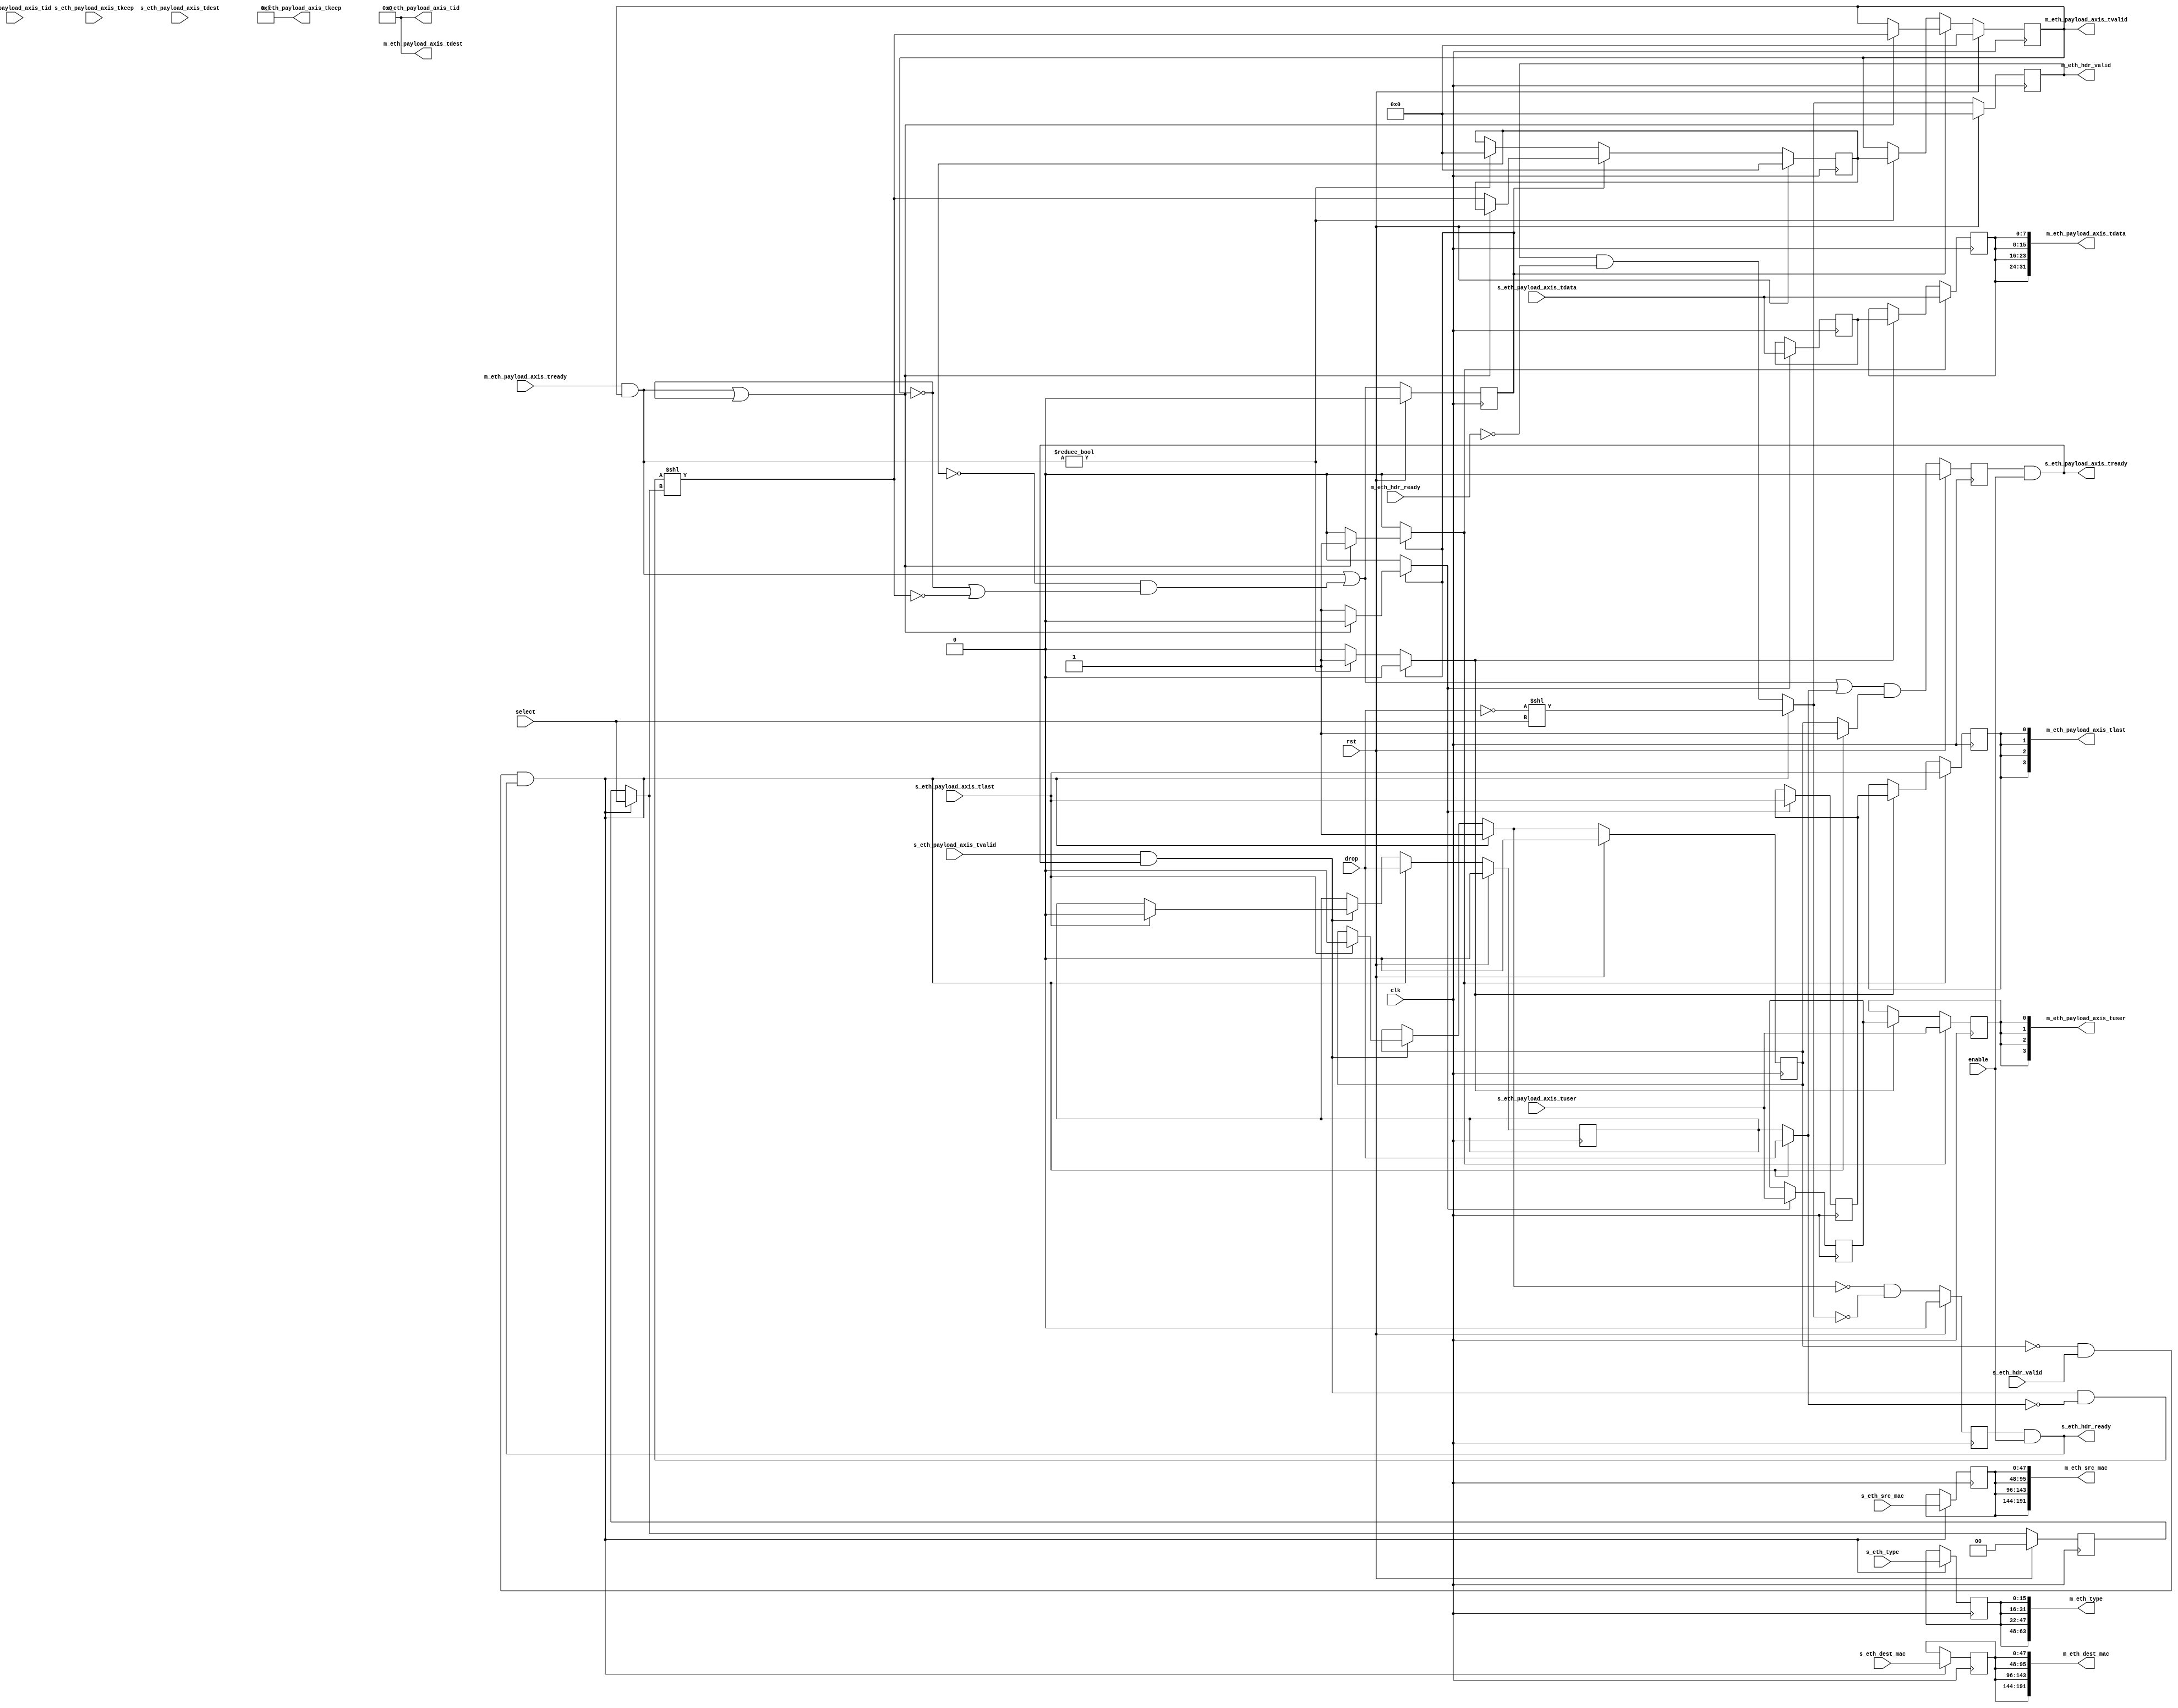
module eth_demux #
(
    parameter M_COUNT = 4,
    parameter DATA_WIDTH = 8,
    parameter KEEP_ENABLE = (DATA_WIDTH>8),
    parameter KEEP_WIDTH = (DATA_WIDTH/8),
    parameter ID_ENABLE = 0,
    parameter ID_WIDTH = 8,
    parameter DEST_ENABLE = 0,
    parameter DEST_WIDTH = 8,
    parameter USER_ENABLE = 1,
    parameter USER_WIDTH = 1
)
(
    input  wire                          clk,
    input  wire                          rst,
    /*
     */
    input  wire                          s_eth_hdr_valid,
    output wire                          s_eth_hdr_ready,
    input  wire [47:0]                   s_eth_dest_mac,
    input  wire [47:0]                   s_eth_src_mac,
    input  wire [15:0]                   s_eth_type,
    input  wire [DATA_WIDTH-1:0]         s_eth_payload_axis_tdata,
    input  wire [KEEP_WIDTH-1:0]         s_eth_payload_axis_tkeep,
    input  wire                          s_eth_payload_axis_tvalid,
    output wire                          s_eth_payload_axis_tready,
    input  wire                          s_eth_payload_axis_tlast,
    input  wire [ID_WIDTH-1:0]           s_eth_payload_axis_tid,
    input  wire [DEST_WIDTH-1:0]         s_eth_payload_axis_tdest,
    input  wire [USER_WIDTH-1:0]         s_eth_payload_axis_tuser,
    /*
     */
    output wire [M_COUNT-1:0]            m_eth_hdr_valid,
    input  wire [M_COUNT-1:0]            m_eth_hdr_ready,
    output wire [M_COUNT*48-1:0]         m_eth_dest_mac,
    output wire [M_COUNT*48-1:0]         m_eth_src_mac,
    output wire [M_COUNT*16-1:0]         m_eth_type,
    output wire [M_COUNT*DATA_WIDTH-1:0] m_eth_payload_axis_tdata,
    output wire [M_COUNT*KEEP_WIDTH-1:0] m_eth_payload_axis_tkeep,
    output wire [M_COUNT-1:0]            m_eth_payload_axis_tvalid,
    input  wire [M_COUNT-1:0]            m_eth_payload_axis_tready,
    output wire [M_COUNT-1:0]            m_eth_payload_axis_tlast,
    output wire [M_COUNT*ID_WIDTH-1:0]   m_eth_payload_axis_tid,
    output wire [M_COUNT*DEST_WIDTH-1:0] m_eth_payload_axis_tdest,
    output wire [M_COUNT*USER_WIDTH-1:0] m_eth_payload_axis_tuser,
    /*
     */
    input  wire                          enable,
    input  wire                          drop,
    input  wire [$clog2(M_COUNT)-1:0]    select
);
parameter CL_M_COUNT = $clog2(M_COUNT);
reg [CL_M_COUNT-1:0] select_reg = {CL_M_COUNT{1'b0}}, select_ctl, select_next;
reg drop_reg = 1'b0, drop_ctl, drop_next;
reg frame_reg = 1'b0, frame_ctl, frame_next;
reg s_eth_hdr_ready_reg = 1'b0, s_eth_hdr_ready_next;
reg s_eth_payload_axis_tready_reg = 1'b0, s_eth_payload_axis_tready_next;
reg [M_COUNT-1:0] m_eth_hdr_valid_reg = 0, m_eth_hdr_valid_next;
reg [47:0] m_eth_dest_mac_reg = 48'd0, m_eth_dest_mac_next;
reg [47:0] m_eth_src_mac_reg = 48'd0, m_eth_src_mac_next;
reg [15:0] m_eth_type_reg = 16'd0, m_eth_type_next;
// internal datapath
reg  [DATA_WIDTH-1:0] m_eth_payload_axis_tdata_int;
reg  [KEEP_WIDTH-1:0] m_eth_payload_axis_tkeep_int;
reg  [M_COUNT-1:0]    m_eth_payload_axis_tvalid_int;
reg                   m_eth_payload_axis_tready_int_reg = 1'b0;
reg                   m_eth_payload_axis_tlast_int;
reg  [ID_WIDTH-1:0]   m_eth_payload_axis_tid_int;
reg  [DEST_WIDTH-1:0] m_eth_payload_axis_tdest_int;
reg  [USER_WIDTH-1:0] m_eth_payload_axis_tuser_int;
wire                  m_eth_payload_axis_tready_int_early;
assign s_eth_hdr_ready = s_eth_hdr_ready_reg && enable;
assign s_eth_payload_axis_tready = s_eth_payload_axis_tready_reg && enable;
assign m_eth_hdr_valid = m_eth_hdr_valid_reg;
assign m_eth_dest_mac = {M_COUNT{m_eth_dest_mac_reg}};
assign m_eth_src_mac = {M_COUNT{m_eth_src_mac_reg}};
assign m_eth_type = {M_COUNT{m_eth_type_reg}};
integer i;
always @* begin
    select_next = select_reg;
    select_ctl = select_reg;
    drop_next = drop_reg;
    drop_ctl = drop_reg;
    frame_next = frame_reg;
    frame_ctl = frame_reg;
    s_eth_hdr_ready_next = 1'b0;
    s_eth_payload_axis_tready_next = 1'b0;
    m_eth_hdr_valid_next = m_eth_hdr_valid_reg & ~m_eth_hdr_ready;
    m_eth_dest_mac_next = m_eth_dest_mac_reg;
    m_eth_src_mac_next = m_eth_src_mac_reg;
    m_eth_type_next = m_eth_type_reg;
    if (s_eth_payload_axis_tvalid && s_eth_payload_axis_tready) begin
        // end of frame detection
        if (s_eth_payload_axis_tlast) begin
            frame_next = 1'b0;
            drop_next = 1'b0;
        end
    end
    if (!frame_reg && s_eth_hdr_valid && s_eth_hdr_ready) begin
        // start of frame, grab select value
        select_ctl = select;
        drop_ctl = drop;
        frame_ctl = 1'b1;
        select_next = select_ctl;
        drop_next = drop_ctl;
        frame_next = frame_ctl;
        s_eth_hdr_ready_next = 1'b0;
        m_eth_hdr_valid_next = (!drop_ctl) << select_ctl;
        m_eth_dest_mac_next = s_eth_dest_mac;
        m_eth_src_mac_next = s_eth_src_mac;
        m_eth_type_next = s_eth_type;
    end
    s_eth_hdr_ready_next = !frame_next && !m_eth_hdr_valid_next;
    s_eth_payload_axis_tready_next = (m_eth_payload_axis_tready_int_early || drop_ctl) && frame_ctl;
    m_eth_payload_axis_tdata_int  = s_eth_payload_axis_tdata;
    m_eth_payload_axis_tkeep_int  = s_eth_payload_axis_tkeep;
    m_eth_payload_axis_tvalid_int = (s_eth_payload_axis_tvalid && s_eth_payload_axis_tready && !drop_ctl) << select_ctl;
    m_eth_payload_axis_tlast_int  = s_eth_payload_axis_tlast;
    m_eth_payload_axis_tid_int    = s_eth_payload_axis_tid;
    m_eth_payload_axis_tdest_int  = s_eth_payload_axis_tdest;
    m_eth_payload_axis_tuser_int  = s_eth_payload_axis_tuser;
end
always @(posedge clk) begin
    if (rst) begin
        select_reg <= 2'd0;
        drop_reg <= 1'b0;
        frame_reg <= 1'b0;
        s_eth_hdr_ready_reg <= 1'b0;
        s_eth_payload_axis_tready_reg <= 1'b0;
        m_eth_hdr_valid_reg <= 0;
    end else begin
        select_reg <= select_next;
        drop_reg <= drop_next;
        frame_reg <= frame_next;
        s_eth_hdr_ready_reg <= s_eth_hdr_ready_next;
        s_eth_payload_axis_tready_reg <= s_eth_payload_axis_tready_next;
        m_eth_hdr_valid_reg <= m_eth_hdr_valid_next;
    end
    m_eth_dest_mac_reg <= m_eth_dest_mac_next;
    m_eth_src_mac_reg <= m_eth_src_mac_next;
    m_eth_type_reg <= m_eth_type_next;
end
// output datapath logic
reg [DATA_WIDTH-1:0] m_eth_payload_axis_tdata_reg  = {DATA_WIDTH{1'b0}};
reg [KEEP_WIDTH-1:0] m_eth_payload_axis_tkeep_reg  = {KEEP_WIDTH{1'b0}};
reg [M_COUNT-1:0]    m_eth_payload_axis_tvalid_reg = {M_COUNT{1'b0}}, m_eth_payload_axis_tvalid_next;
reg                  m_eth_payload_axis_tlast_reg  = 1'b0;
reg [ID_WIDTH-1:0]   m_eth_payload_axis_tid_reg    = {ID_WIDTH{1'b0}};
reg [DEST_WIDTH-1:0] m_eth_payload_axis_tdest_reg  = {DEST_WIDTH{1'b0}};
reg [USER_WIDTH-1:0] m_eth_payload_axis_tuser_reg  = {USER_WIDTH{1'b0}};
reg [DATA_WIDTH-1:0] temp_m_eth_payload_axis_tdata_reg  = {DATA_WIDTH{1'b0}};
reg [KEEP_WIDTH-1:0] temp_m_eth_payload_axis_tkeep_reg  = {KEEP_WIDTH{1'b0}};
reg [M_COUNT-1:0]    temp_m_eth_payload_axis_tvalid_reg = {M_COUNT{1'b0}}, temp_m_eth_payload_axis_tvalid_next;
reg                  temp_m_eth_payload_axis_tlast_reg  = 1'b0;
reg [ID_WIDTH-1:0]   temp_m_eth_payload_axis_tid_reg    = {ID_WIDTH{1'b0}};
reg [DEST_WIDTH-1:0] temp_m_eth_payload_axis_tdest_reg  = {DEST_WIDTH{1'b0}};
reg [USER_WIDTH-1:0] temp_m_eth_payload_axis_tuser_reg  = {USER_WIDTH{1'b0}};
// datapath control
reg store_axis_int_to_output;
reg store_axis_int_to_temp;
reg store_eth_payload_axis_temp_to_output;
assign m_eth_payload_axis_tdata  = {M_COUNT{m_eth_payload_axis_tdata_reg}};
assign m_eth_payload_axis_tkeep  = KEEP_ENABLE ? {M_COUNT{m_eth_payload_axis_tkeep_reg}} : {M_COUNT*KEEP_WIDTH{1'b1}};
assign m_eth_payload_axis_tvalid = m_eth_payload_axis_tvalid_reg;
assign m_eth_payload_axis_tlast  = {M_COUNT{m_eth_payload_axis_tlast_reg}};
assign m_eth_payload_axis_tid    = ID_ENABLE   ? {M_COUNT{m_eth_payload_axis_tid_reg}}   : {M_COUNT*ID_WIDTH{1'b0}};
assign m_eth_payload_axis_tdest  = DEST_ENABLE ? {M_COUNT{m_eth_payload_axis_tdest_reg}} : {M_COUNT*DEST_WIDTH{1'b0}};
assign m_eth_payload_axis_tuser  = USER_ENABLE ? {M_COUNT{m_eth_payload_axis_tuser_reg}} : {M_COUNT*USER_WIDTH{1'b0}};
// enable ready input next cycle if output is ready or the temp reg will not be filled on the next cycle (output reg empty or no input)
assign m_eth_payload_axis_tready_int_early = (m_eth_payload_axis_tready & m_eth_payload_axis_tvalid) || (!temp_m_eth_payload_axis_tvalid_reg && (!m_eth_payload_axis_tvalid || !m_eth_payload_axis_tvalid_int));
always @* begin
    // transfer sink ready state to source
    m_eth_payload_axis_tvalid_next = m_eth_payload_axis_tvalid_reg;
    temp_m_eth_payload_axis_tvalid_next = temp_m_eth_payload_axis_tvalid_reg;
    store_axis_int_to_output = 1'b0;
    store_axis_int_to_temp = 1'b0;
    store_eth_payload_axis_temp_to_output = 1'b0;
    if (m_eth_payload_axis_tready_int_reg) begin
        // input is ready
        if ((m_eth_payload_axis_tready & m_eth_payload_axis_tvalid) || !m_eth_payload_axis_tvalid) begin
            // output is ready or currently not valid, transfer data to output
            m_eth_payload_axis_tvalid_next = m_eth_payload_axis_tvalid_int;
            store_axis_int_to_output = 1'b1;
        end else begin
            // output is not ready, store input in temp
            temp_m_eth_payload_axis_tvalid_next = m_eth_payload_axis_tvalid_int;
            store_axis_int_to_temp = 1'b1;
        end
    end else if (m_eth_payload_axis_tready & m_eth_payload_axis_tvalid) begin
        // input is not ready, but output is ready
        m_eth_payload_axis_tvalid_next = temp_m_eth_payload_axis_tvalid_reg;
        temp_m_eth_payload_axis_tvalid_next = 1'b0;
        store_eth_payload_axis_temp_to_output = 1'b1;
    end
end
always @(posedge clk) begin
    if (rst) begin
        m_eth_payload_axis_tvalid_reg <= {M_COUNT{1'b0}};
        m_eth_payload_axis_tready_int_reg <= 1'b0;
        temp_m_eth_payload_axis_tvalid_reg <= 1'b0;
    end else begin
        m_eth_payload_axis_tvalid_reg <= m_eth_payload_axis_tvalid_next;
        m_eth_payload_axis_tready_int_reg <= m_eth_payload_axis_tready_int_early;
        temp_m_eth_payload_axis_tvalid_reg <= temp_m_eth_payload_axis_tvalid_next;
    end
    // datapath
    if (store_axis_int_to_output) begin
        m_eth_payload_axis_tdata_reg <= m_eth_payload_axis_tdata_int;
        m_eth_payload_axis_tkeep_reg <= m_eth_payload_axis_tkeep_int;
        m_eth_payload_axis_tlast_reg <= m_eth_payload_axis_tlast_int;
        m_eth_payload_axis_tid_reg   <= m_eth_payload_axis_tid_int;
        m_eth_payload_axis_tdest_reg <= m_eth_payload_axis_tdest_int;
        m_eth_payload_axis_tuser_reg <= m_eth_payload_axis_tuser_int;
    end else if (store_eth_payload_axis_temp_to_output) begin
        m_eth_payload_axis_tdata_reg <= temp_m_eth_payload_axis_tdata_reg;
        m_eth_payload_axis_tkeep_reg <= temp_m_eth_payload_axis_tkeep_reg;
        m_eth_payload_axis_tlast_reg <= temp_m_eth_payload_axis_tlast_reg;
        m_eth_payload_axis_tid_reg   <= temp_m_eth_payload_axis_tid_reg;
        m_eth_payload_axis_tdest_reg <= temp_m_eth_payload_axis_tdest_reg;
        m_eth_payload_axis_tuser_reg <= temp_m_eth_payload_axis_tuser_reg;
    end
    if (store_axis_int_to_temp) begin
        temp_m_eth_payload_axis_tdata_reg <= m_eth_payload_axis_tdata_int;
        temp_m_eth_payload_axis_tkeep_reg <= m_eth_payload_axis_tkeep_int;
        temp_m_eth_payload_axis_tlast_reg <= m_eth_payload_axis_tlast_int;
        temp_m_eth_payload_axis_tid_reg   <= m_eth_payload_axis_tid_int;
        temp_m_eth_payload_axis_tdest_reg <= m_eth_payload_axis_tdest_int;
        temp_m_eth_payload_axis_tuser_reg <= m_eth_payload_axis_tuser_int;
    end
end
endmodule